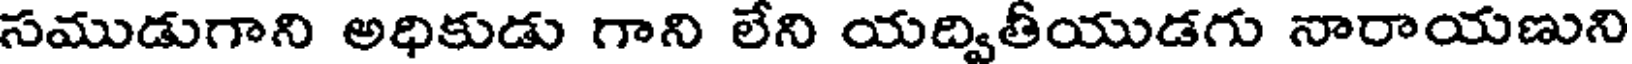
సముడుగాని అధికుడు గాని లేని యద్వితీయుడగు నారాయణుని